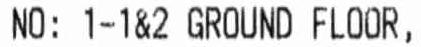
NO: 1-1&2 GROUND FLOOR,